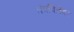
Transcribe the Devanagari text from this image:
तंत्रविद्येवर